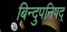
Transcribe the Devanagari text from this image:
बिन्दुपनिषद्